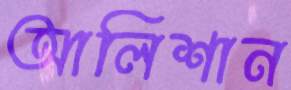
আলিশান